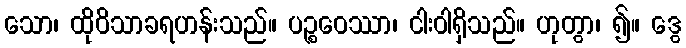
သော၊ ထိုဝိသာခရဟန်းသည်။ ပဉ္စဝေဿာ၊ ငါးဝါရှိသည်။ ဟုတွာ၊ ၍။ ဒွေ